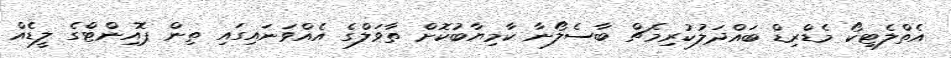
އެތްލެޓިކޯ މެޑްރިޑް ބައްދަލުކުރިމެޗް ބާސެލޯނާ ކާމިޔާބުކޮށް ތާވަލްގެ އެއްވަނައިގައި ތިން ޕޮއިންޓްގެ ލީޑެއް